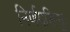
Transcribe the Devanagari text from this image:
निर्णयसिन्धुः